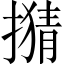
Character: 𢴘